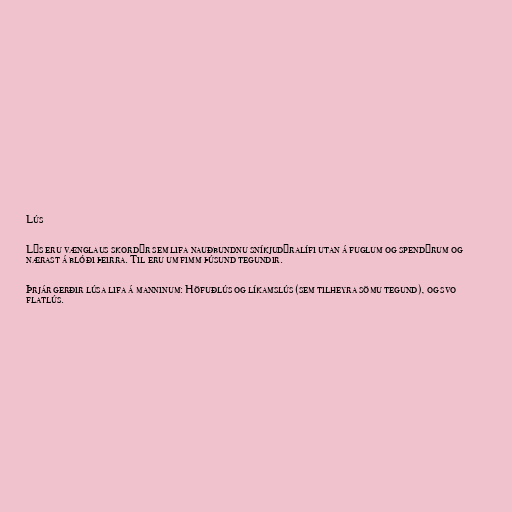
Lús

Lýs eru vænglaus skordýr sem lifa nauðbundnu sníkjudýralífi utan á fuglum og spendýrum og
nærast á blóði þeirra. Til eru um fimm þúsund tegundir.

Þrjár gerðir lúsa lifa á manninum: Höfuðlús og líkamslús (sem tilheyra sömu tegund), og svo
flatlús.